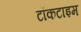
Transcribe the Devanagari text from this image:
टॉकटाइम